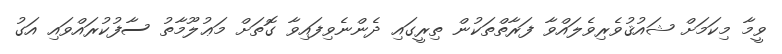
ވީމާ މިކަމަށް ޝައުޤުވެރިވެލައްވާ ފަރާތްތަކުން ތިރީގައި ދެންނެވިފައިވާ ގޮތަށް މަޢުލޫމާތު ސާފުކުރައްވައި އަގު